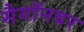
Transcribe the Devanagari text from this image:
सैगॉनवर